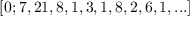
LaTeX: [ 0 ; 7 , 2 1 , 8 , 1 , 3 , 1 , 8 , 2 , 6 , 1 , . . . ]